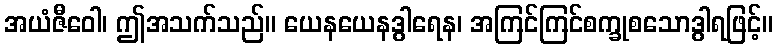
အယံဇီဝေါ၊ ဤအသက်သည်။ ယေနယေနဒွါရေန၊ အကြင်ကြင်စက္ခုစသောဒွါရဖြင့်။